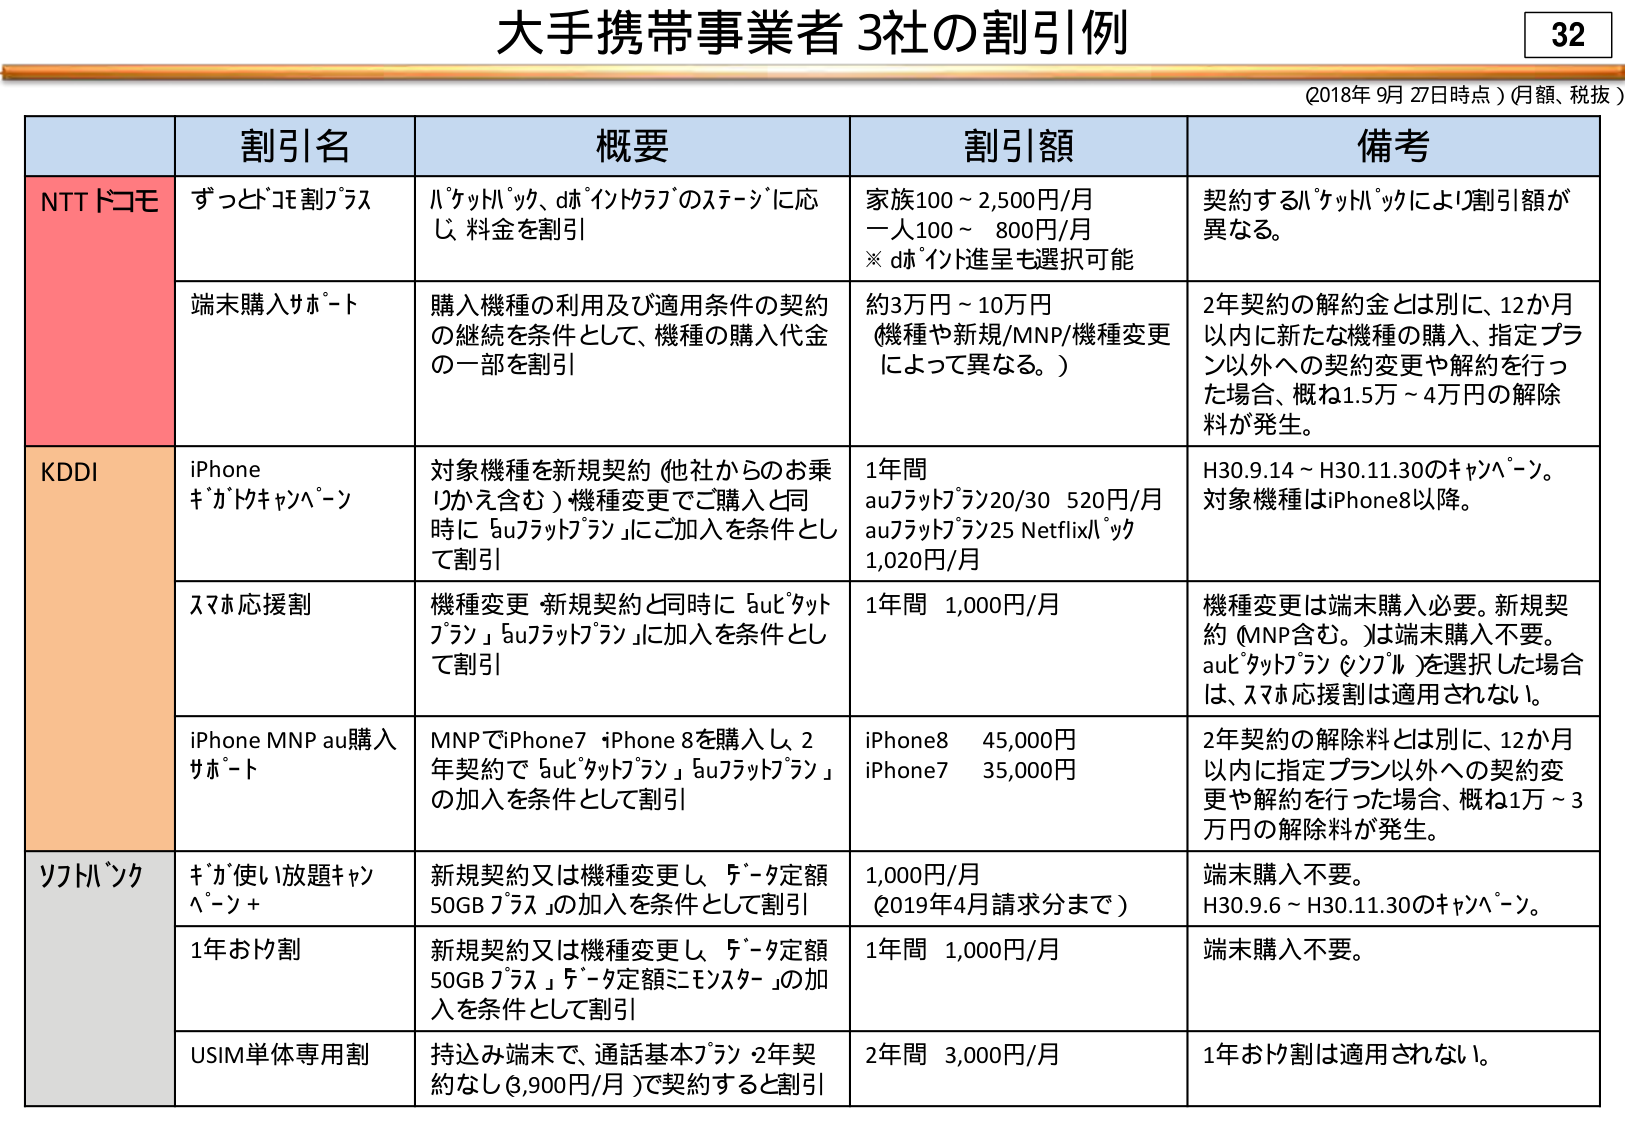
大手携帯事業者3社の割引例

(2018年9月27日時点) (月額、税抜)

割引名　　概要　　割引額　　備考

NTTドコモ
ずっどコモ割プラス
パケットパック、dポイントクラブのステージに応じ、料金を割引
家族100～2,500円/月
一人100～800円/月
※dポイント進呈も選択可能
契約するパケットパックにより割引額が異なる。

端末購入サポート
購入機種の利用及び適用条件の契約の継続を条件として、機種の購入代金の一部を割引
約3万円～10万円
(機種や新規/MNP/機種変更によって異なる。)
2年契約の解約金とは別に、12か月以内に新たな機種の購入、指定プラン以外への契約変更や解約を行った場合、概ね1.5万～4万円の解除料が発生。

KDDI
iPhone キャットキャンペーン
対象機種を新規契約（他社からのお乗り換え含む）機種変更でご購入と同時に「auフラットプラン」にご加入を条件として割引
1年間
auフラットプラン20/30　520円/月
auフラットプラン25 Netflixパック　1,020円/月
H30.9.14～H30.11.30のキャンペーン。対象機種はiPhone8以降。

スマホ応援割
機種変更・新規契約と同時に「auピタットプラン」「auフラットプラン」に加入を条件として割引
1年間　1,000円/月
機種変更は端末購入必要。新規契約（MNP含む。）は端末購入不要。auピタットプラン（シンプル）を選択した場合は、スマホ応援割は適用されない。

iPhone MNP au購入サポート
MNPでiPhone7・iPhone8を購入し、2年契約で「auピタットプラン」「auフラットプラン」の加入を条件として割引
iPhone8　45,000円
iPhone7　35,000円
2年契約の解除料とは別に、12か月以内に指定プラン以外への契約変更や解約を行った場合、概ね1万～3万円の解除料が発生。

ソフトバンク
ギガ使い放題キャンペーン＋
新規契約又は機種変更し、「データ定額50GBプラス」の加入を条件として割引
1,000円/月
(2019年4月請求分まで)
端末購入不要。
H30.9.6～H30.11.30のキャンペーン。

1年おトク割
新規契約又は機種変更し、「データ定額50GBプラス」「データ定額ミニスター」の加入を条件として割引
1年間　1,000円/月
端末購入不要。

USIM単体専用割
持込み端末で、通話基本プラン（2年契約なし、3,900円/月）で契約すると割引
2年間　3,000円/月
1年おトク割は適用されない。

32